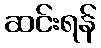
ဆင်းရန်